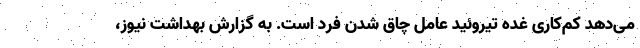
می‌دهد کم‌کاری غده تیروئید عامل چاق شدن فرد است. به گزارش بهداشت نیوز،